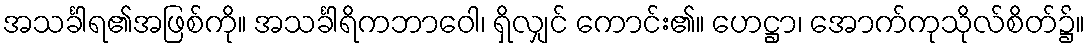
အသင်္ခါရ၏အဖြစ်ကို။ အသင်္ခါရိကဘာဝေါ၊ ရှိလျှင် ကောင်း၏။ ဟေဋ္ဌာ၊ အောက်ကုသိုလ်စိတ်၌။